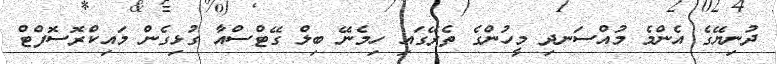
ދުނިޔޭގެ އެންމެ މުއްސަނދި މީހުންގެ ތެރޭގައި ހިމެނޭ ބިލް ގޭޓްސްއާ ގުޅިގެން މައިކްރޮސޮފްޓް